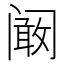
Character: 阚